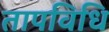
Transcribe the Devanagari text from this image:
तापविधि